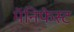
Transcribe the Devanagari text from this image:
मॅनिफेस्ट